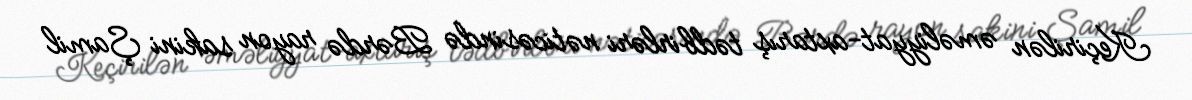
Keçirilən əməliyyat-axtarış tədbirləri nəticəsində Bərdə rayon sakini Şamil